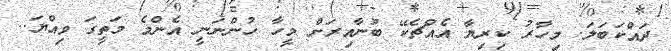
ދައްކަބަލަ. މިހާރު ކިރިޔާ އެއްޗެކޭ ބުނާއިރަށް މީހާ ހުންނަނީ އެންމެ މަތީގަ ވިއްޔަ..